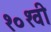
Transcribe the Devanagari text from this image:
१०१वी